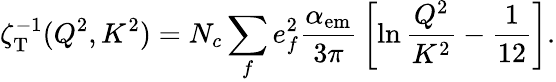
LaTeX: \zeta_{\mathrm{T}}^{-1}(Q^{2},K^{2})=N_{c}\sum_{f}e_{f}^{2}{\frac{\alpha_{\mathrm{em}}}{3\pi}}\left[\ln{\frac{Q^{2}}{K^{2}}}-{\frac{1}{12}}\right].